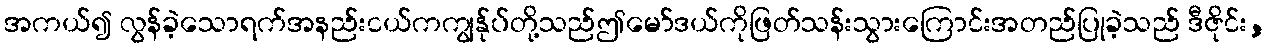
အကယ်၍ လွန်ခဲ့သောရက်အနည်းငယ်ကကျွန်ုပ်တို့သည်ဤမော်ဒယ်ကိုဖြတ်သန်းသွားကြောင်းအတည်ပြုခဲ့သည် ဒီဇိုင်း,